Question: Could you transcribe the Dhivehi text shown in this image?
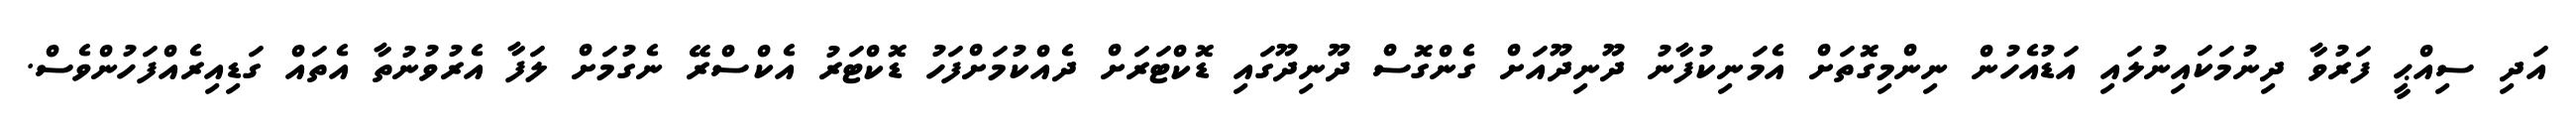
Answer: އަދި ސިއްޙީ ފަރުވާ ދިނުމަކައިނުލައި އަޑުއެހުން ނިންމިގޮތަށް އެމަނިކުފާނު ދޫނިދޫއަށް ގެންގޮސް ދޫނިދޫގައި ޑޮކްޓަރަށް ދެއްކުމަށްފަހު ޑޮކްޓަރު އެކްސްރޭ ނެގުމަށް ލަފާ އެރުވުނުތާ އެތައް ގަޑިއިރެއްފަހުންވެސް.